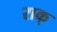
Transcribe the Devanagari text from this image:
राक्‌